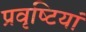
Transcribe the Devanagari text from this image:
प्रवृष्‍टियां